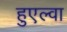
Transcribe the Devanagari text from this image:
हुएल्वा